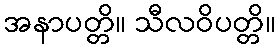
အနာပတ္တိ။ သီလဝိပတ္တိ။